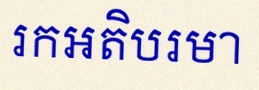
រកអតិបរមា